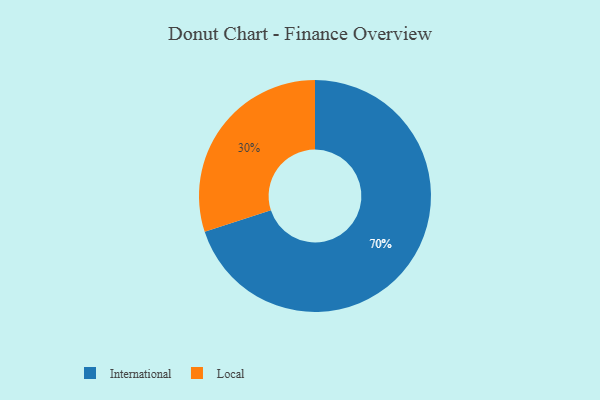
{"axis": {"x": "Category", "y": "Percentage"}, "legend": ["International", "Local"], "data": [{"x": "Local", "y": 30, "type": "Local"}, {"x": "International", "y": 70, "type": "International"}]}